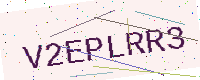
Text: V2EPLRR3